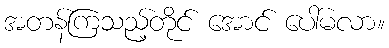
အတန်ကြသည့်တိုင် အောင် ပေါ်မလာ။